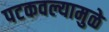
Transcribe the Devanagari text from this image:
पटकवल्यामुळे